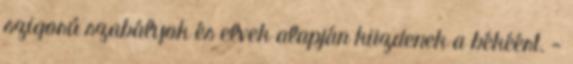
szigorú szabályok és elvek alapján küzdenek a békéért. -